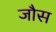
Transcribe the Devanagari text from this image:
जौस